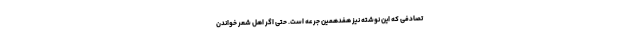
تصادفی که این نوشته نیز هفدهمین جرعه است. حتی اگر اهل شعر خواندن